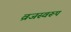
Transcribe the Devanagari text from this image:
व्रजस्वरूप